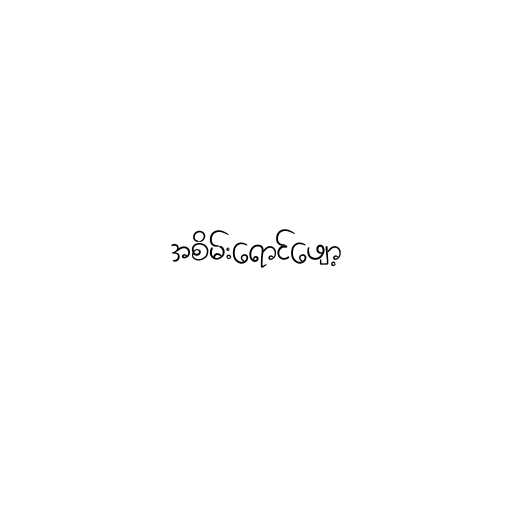
အစိမ်းရောင်ဖျော့